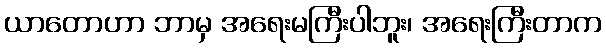
ယာတောဟာ ဘာမှ အရေးမကြီးပါဘူး၊ အရေးကြီးတာက